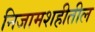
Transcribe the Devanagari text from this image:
निजामशहीतील